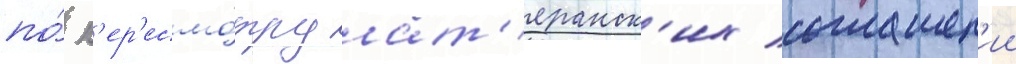
по́ п'ер'есмо́тру лат'еранск'их соглашен'ии